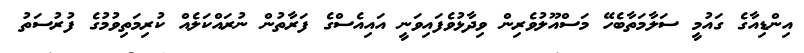
އިންޑިއާގެ ގައުމީ ސަލާމަތާބެހޭ މަސްއޫލުވެރިން ވިދާޅުވެފައިވަނީ އައިއެސްގެ ފަރާތުން ނުރައްކަލެއް ކުރިމަތިވުމުގެ ފުރުސަތު